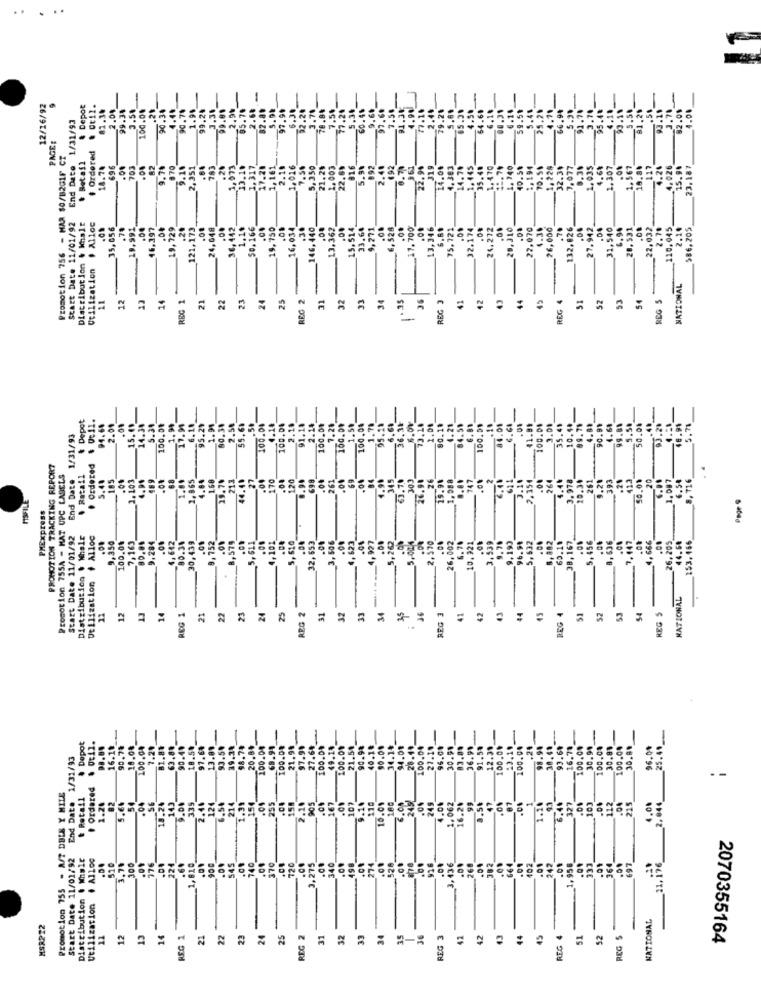
..
..
12/16/92
& Depot
& Ot12.
82.30
2.04
99.34
3.5₺
90.38
4.45
90.74
99.2₺
3.36
2.9%
95.78
2.68
82.89
97.99
2.20
3.74
78.84
5.30
60.46
9.60
97.69
9.59
3.78
End Date 1/31/93
.21
1.99
77.24
55.7
66.9
95.
1.2
93.1
82.01
PAGE:
Promotion 756 - HAR $0/B2G1F CT
+ Ordered
& Retail
18.74
696
703
.00
82
9.7%
870
9.10
.20
3,973
1,317
7.20
016
7.58
5,350
21.21
1,003
22.69
5.91
892
2.41
692
22.9%
319
14.00
1.383
4.70
445
35.40
40.51
1 , 19
70.51
1,224
32.31
.077
9.30
1. 035
4.60
1.307
1,567
117
4.26
4,026
5.9.
23.187
2.1
Start Date 11/01/92
Distribution & Whale
# Alloc
15,056
.78
16,397
19,729
121,173
.08
24,048
1.10
50.166
.00
19,750
16,034
.30
146, 440
13,362
.00
5,514
33.60
9,271
6, 528
_17, 700
.00
13,346
6.69
5.721
.90
32.174
.00
24.272
_28,210
2,070
1.39
26,000
.70
132,026
27.942
.00
31,540
6.90
20,531
22,032
2.78
120, 045
2.1.
586,205
Utilization
NATIONAL
11
12
12
14
REC 1
21
22
23
24
25
REC 2
31
32
33
34
36
REC 3
SI
52
53
54
REG S
41
42
REG
& Depot
94.64
2.04
14.30
5.34
100.04
_1. 99
7.99
_6. 10
2.54
65.6₺
.50
4.18
100.04
2.10
91.18
2.14
100.01
100.09
1.59
100.08
95.28
36. 3
73.20
4.21
84.59
6.8
100.31
.04
100.00
3.09
35.41
10.4
89. 70
4.81
4.64
99.8
50.04
End Date 1/31/93
PROMOTION TRACKING REPORT
Ordered
Promotion 755A - MAT UPC LABELS
. Retail
5.48
185
.00
489
88
2. 865
4.84
168
1.74
213
27
170
.00
120
0.94
698
_261
345
303
26.91
088
2.354
264
10.34
261
5.20
393
10.01
6.54
8, 716
44.4
4.99
$3.70
26
19.91
3.10
4.4.
3.9
20
1.087
MSFILE
PMExpress
Page
Start Date 11/01/92
Distribution $ Whale
Alloc
.163
9,284
80.30
30,439
9,752
8,579
, 611
4,101
5, 610_
3,506
.00
4,623
4,927
262
6.70
3.539
60.10
_5,456
4, 666
153.466
9,350
100.04
32,653
5,004
2,570
26,002
10.921
.00
9,199
96.99
5,632
B, 167
26.205
44.64
-
Utilization
RATIONAL
11
12
13
14
REG 1
21
22
23
24
REG 2
32
33
34
REG 3
44
REG 4
52
53
54
REG $
=
& Depot
& Oti1.
16.10
90.75
18.08
100.04
7.20
81.88
63.88
90.49
97.69
13.81
93.54
39.2₺
98.74
20.84
68.91
100.04
21.98
27.6₺
100.04
49.18
100.01
21.54
90.94
40.18
90.04
34.14
94.08
100.04
27.10
96.01
30.90
91.59
12.30
.24
98.94
93.69
16.78
100.00
30.99
100.08
30.81
100.00
30. B
96.04
25.49
End Date 1/31/93
100.
97.9
28.4
36.
100.
100.
Ordered
Promotion 755 - M/? DBLE Y MILE
& Retail
56
335
2.20
167
.00
107
180_
6.08
24
.00
249_
4.00
9.50
87
5.40
327
103
82
.04
18.2%
143
9.04
2.40
124
6.54
214
1.39
154
255
158
110
10.01
1.062
16.20
99
47
.00
1.26
112
.90
215
2,044
-
Start Date 11/01/92
Distribution . Whale
. Allog
.00
__ 3, 436
31, 176
510
300
776
224
.60
1,610
740
.09
120
275
340
498
274
528
.00
268
.04
382
664
.01
102
242
958
033
3,2
Utilization
NATIONAL
MSR222
11
12
13
14
REG 1
21
22
23
24
25
REG 2
31
32
33
34
35
REG 3
42
43
44
45
REG 4
51
52
REG S
2070355164